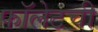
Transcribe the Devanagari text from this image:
फॉलेटची